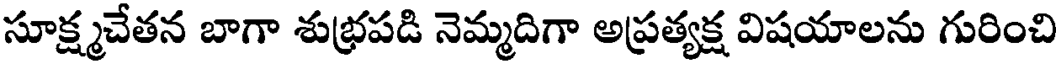
సూక్ష్మచేతన బాగా శుభ్రపడి నెమ్మదిగా అప్రత్యక్ష విషయాలను గురించి